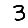
Digit: 3